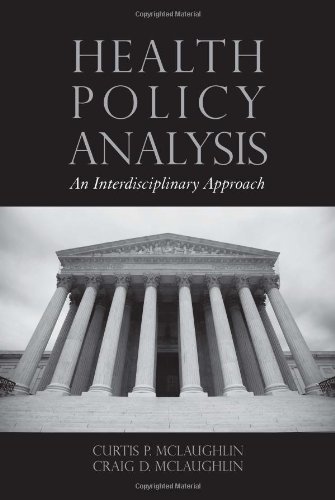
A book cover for Health Policy Analysis: An Interdisciplinary Approach; Curtis P. McLaughlin; Medical Books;